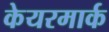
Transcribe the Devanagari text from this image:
केयरमार्क